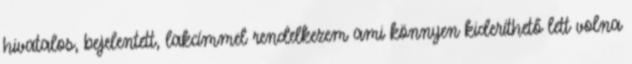
hivatalos, bejelentett, lakcímmel rendelkezem ami könnyen kideríthető lett volna